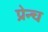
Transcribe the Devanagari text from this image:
प्रेन्च